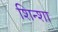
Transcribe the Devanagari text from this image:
शिन्शा